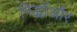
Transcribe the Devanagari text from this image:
गिद्धोंऔर